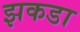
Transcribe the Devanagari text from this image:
झकडा